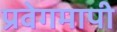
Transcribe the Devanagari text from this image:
प्रवेगमापी